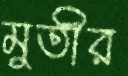
মুতীর